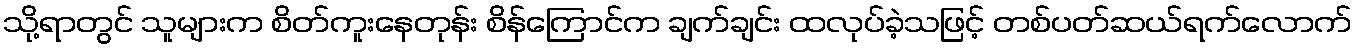
သို့ရာတွင် သူများက စိတ်ကူးနေတုန်း စိန်ကြောင်က ချက်ချင်း ထလုပ်ခဲ့သဖြင့် တစ်ပတ်ဆယ်ရက်လောက်